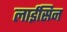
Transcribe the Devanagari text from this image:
लाईसिन